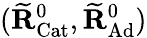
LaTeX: (\widetilde{\mathbf{R}}_{\mathrm{Cat}}^{0},\widetilde{\mathbf{R}}_{\mathrm{Ad}}^{0})